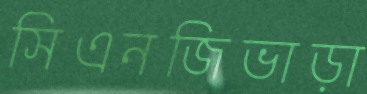
সিএনজিভাড়া